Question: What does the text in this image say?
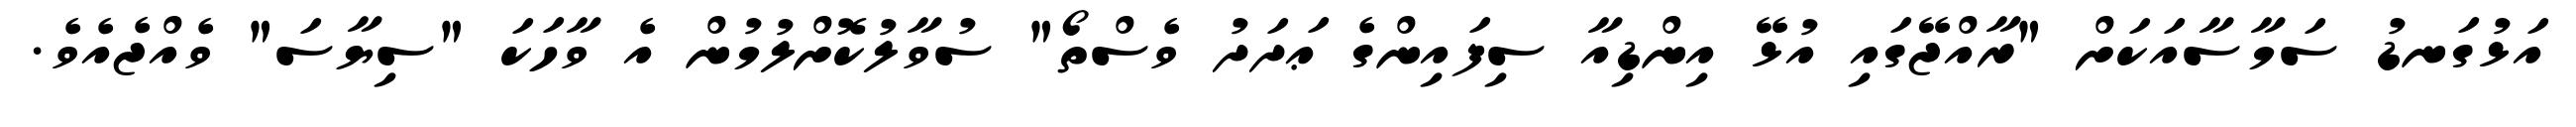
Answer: އަޅުގަނޑު ސަމާސާއަކަށް "ރާއްޖޭގައި އުޅޭ އިންޑިއާ ސިފައިންގެ ޢަދަދު ވެސްތޯ" ސުވާލުކޮށްލުމުން އެ ވާހަކަ "ސިޔާސަ" ވެއްޖެއެވެ.